Scientific memoirs by medical officers of the Army of India - Part XI,
Year: 1898
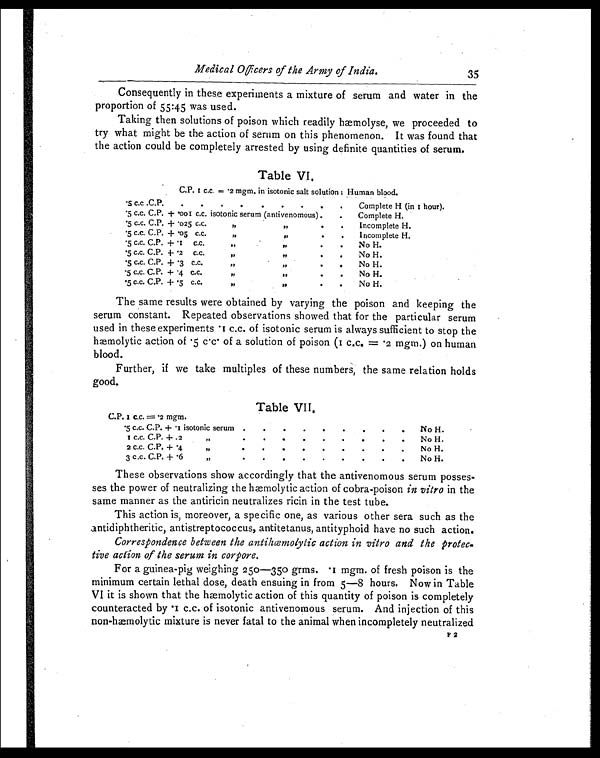
Medical Officers of the Army of India.
35
Consequently in these experiments a mixture of serum and water in the
proportion of 55:45 was used.
Taking then solutions of poison which readily hæmolyse, we proceeded to
try what might be the action of serum on this phenomenon. It was found that
the action could be completely arrested by using definite quantities of serum.
Table VI.
C.P. z c.c. = .2 mgm. in isotonic salt solution ; Human blood.
.5 c.c .C.P. . .
.
.
.
.
.
.
.
Complete H (in 1 hour).
.5 c.c. C.P. + .001 c.c. isotonic serum (antivenomous). . . Complete H.
.5 C.C. C.P. + .025 C.C.
, ,
, ,
.
.
Incomplete H.
.5 C.C. C.P. + .05 C.C.
, ,
, ,
.
.
Incomplete H.
.5 C.C. C.P. + .1 c.c
, ,
, ,
.
.
No H.
.5 C.C. C.P. + .2 C.C.
, ,
, ,
.
.
No H.
.5 C.C. C.P. + .3 C.C
, ,
, ,
.
.
No H.
.5 C.C. C.P. + .4 C.C.
, ,
, ,
.
.
No H.
.5 C.C. C.P. + .5 c.c.
, ,
, ,
.
.
No H.
The same results were obtained by varying the poison and keeping the
serum constant. Repeated observations showed that for the particular serum
used in these experiments .1 c.c. of isotonic serum is always sufficient to stop the
hæmolytic action of .5 c.c. of a solution of poison (1 c.c. = . 2 mgm.) on human
blood.
Further, if we take multiples of these numbers, the same relation holds
good.
Table VII.
C.P. 1 C.C.=.2 mgm.
.5 c.c. C.P. + .1 isotonic serum .
.
.
.
.
.
.
.
.
No H.
I C.C. C.P. + .2
,,
.
.
.
.
.
. .
.
.
No H.
2 c.c. C.P. + .4
, ,
.
.
.
.
.
.
.
.
.
No H.
3 c.c. C.P. + .6
, ,
.
.
.
.
.
.
.
.
.
No H.
These observations show accordingly that the antivenomous serum posses-
ses the power of neutralizing the hæmolytic action of cobra-poison in vitro in the
same manner as the antiricin neutralizes ricin in the test tube.
This action is, moreover, a specific one, as various other sera such as the
antidiphtheritic, antistreptococcus, antitetanus, antityphoid have no such action.
Correspondence between the antihœmolytic action in vitro and the protec-
tive action of the serum in corpore.
For a guinea-pig weighing 250—350 grms. mgm. of fresh poison is the
minimum certain lethal dose, death ensuing in from 5—8 hours. Now in Table
VI it is shown that the hæmolytic action of this quantity of poison is completely
counteracted by .1 c.c. of isotonic antivenomous serum. And injection of this
non-hæmolytic mixture is never fatal to the animal when incompletely neutralized
F 2